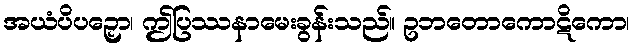
အယံပိပဉှော၊ ဤပြဿနာမေးခွန်းသည်။ ဥဘတောကောဋိကော၊